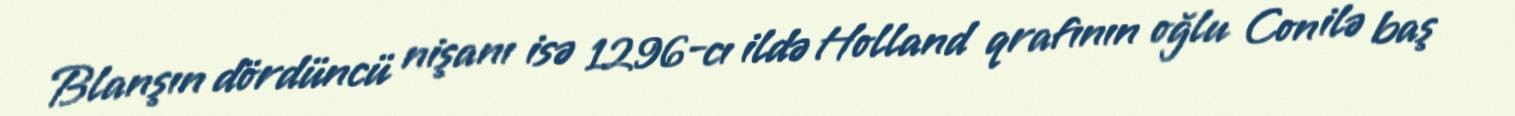
Blanşın dördüncü nişanı isə 1296-cı ildə Holland qrafının oğlu Con ilə baş